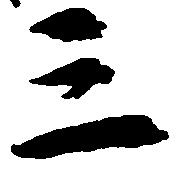
三